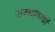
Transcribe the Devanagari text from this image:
सन्मानार्थी